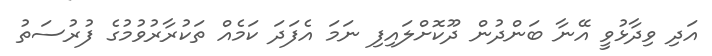
އަދި ވިދާޅުވީ އޭނާ ބަންދުން ދޫކޮށްލައިފި ނަމަ އެފަދަ ކަމެއް ތަކުރާރުވުމުގެ ފުރުސަތު